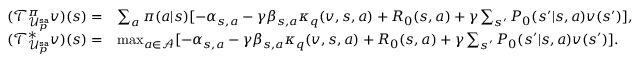
\begin{array} { r l } { ( \mathcal { T } _ { \mathcal { U } _ { p } ^ { \mathtt { s a } } } ^ { \pi } v ) ( s ) = } & { \sum _ { a } \pi ( a | s ) [ - \alpha _ { s , a } - \gamma \beta _ { s , a } \kappa _ { q } ( v , s , a ) + R _ { 0 } ( s , a ) + \gamma \sum _ { s ^ { \prime } } P _ { 0 } ( s ^ { \prime } | s , a ) v ( s ^ { \prime } ) ] , } \\ { ( \mathcal { T } _ { \mathcal { U } _ { p } ^ { \mathtt { s a } } } ^ { * } v ) ( s ) = } & { \operatorname* { m a x } _ { a \in \mathcal { A } } [ - \alpha _ { s , a } - \gamma \beta _ { s , a } \kappa _ { q } ( v , s , a ) + R _ { 0 } ( s , a ) + \gamma \sum _ { s ^ { \prime } } P _ { 0 } ( s ^ { \prime } | s , a ) v ( s ^ { \prime } ) ] . } \end{array}